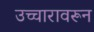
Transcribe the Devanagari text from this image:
उच्चारावरून